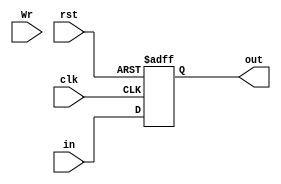
module PipelineUniversalRegister #(parameter WIDTH = 32)(clk, rst, Wr, in, out);
            
   input                clk;
   input                rst;
   input                Wr; 
   input  [WIDTH-1 : 0] in;
   output [WIDTH-1 : 0] out;

   reg [WIDTH-1 : 0] out;
               
   always @(posedge clk or posedge rst) begin
      if ( rst ) begin
         out = 0;
      end
      else// if (Wr)
         out <= in;
   end
   
endmodule


module PipelineUniversalRegisterNeg #(parameter WIDTH = 32)(clk, rst, Wr, in, out);
            
   input                clk;
   input                rst;
   input                Wr; 
   input  [WIDTH-1 : 0] in;
   output [WIDTH-1 : 0] out;

   reg [WIDTH-1 : 0] out;
               
   always @(negedge clk or posedge rst) begin
      if ( rst ) begin
         out = 0;
      end
      else// if (Wr)
         out <= in;
   end
   
endmodule